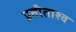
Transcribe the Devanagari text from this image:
प्रतीताश्व